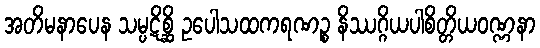
အတိမနာပေန သမ္ပဋိစ္ဆိ ဥပေါသထကရဏဉ္စ နိဿဂ္ဂိယပါစိတ္တိယဝဏ္ဏနာ